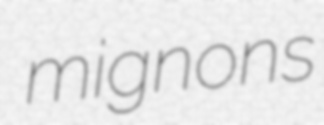
mignons